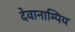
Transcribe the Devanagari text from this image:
देवानाम्पिय